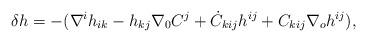
LaTeX: \begin{align*}\delta h=-(\nabla^ih_{ik}-h_{kj}\nabla_0C^j+\dot{C}_{kij}h^{ij}+C_{kij}\nabla_oh^{ij}),\end{align*}